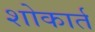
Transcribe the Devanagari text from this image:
शोकार्त